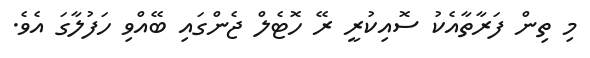
މި ތިން ފަރާތާއެކު ސޮއިކުރީ ރޭ ހޮޓެލް ޖެންގައި ބޭއްވި ހަފުލާގަ އެވެ.